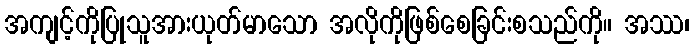
အကျင့်ကိုပြုသူအားယုတ်မာသော အလိုကိုဖြစ်စေခြင်းစသည်ကို။ အဿ၊